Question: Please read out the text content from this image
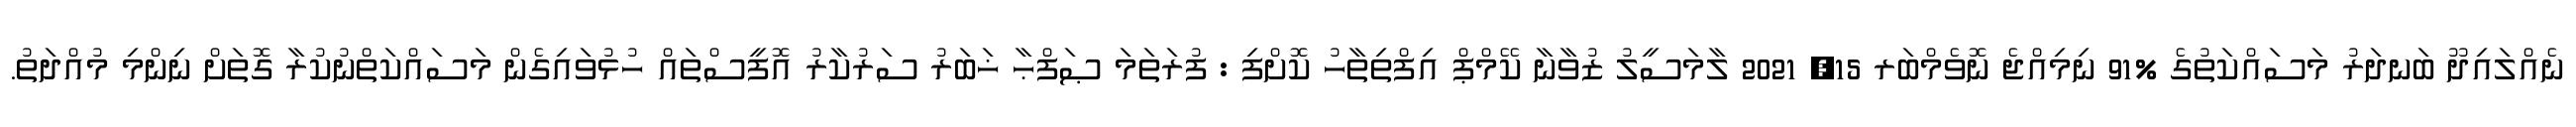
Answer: ނެއްލައިދޫ ބަނދަރު މަސައްކަތުގެ %91 ނިމިއްޖެ ނޮވެމްބަރ 15, 2021 ލާމަސީލު ޒުވާނާ ކޭމްޕް އިފްތިތާހު ކޮށްފި : ފުރަތަމަ ޞަފްޙާ ޚަބަރު ސަރުކާރު އޮފީސްތައް ހުޅުވައިގެން މަސައްކަތްނުކުރާ ގޮތަށް ނިންމި މުއްދަތު.